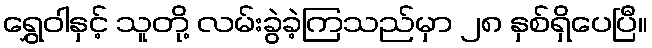
ရွှေဝါနှင့် သူတို့ လမ်းခွဲခဲ့ကြသည်မှာ ၂၈ နှစ်ရှိပေပြီ။